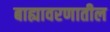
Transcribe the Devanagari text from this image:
बाह्यावरणातील